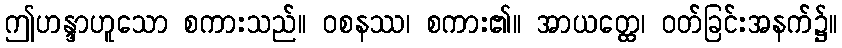
ဤဟန္ဒာဟူသော စကားသည်။ ဝစနဿ၊ စကား၏။ အာယတ္ထေ၊ ဝတ်ခြင်းအနက်၌။